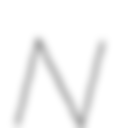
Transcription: N